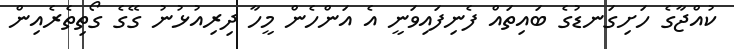
ކުއްޖާގެ ހަށިގަނޑުގެ ބައިތައް ފެނިފައިވަނީ އެ އަންހެން މީހާ ދިރިއުޅުނު ގޭގެ ގޯތިތެރެއިން